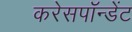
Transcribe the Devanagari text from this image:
करेसपॉन्डेंट